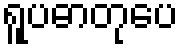
ရူပဓာတုပေ